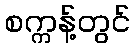
စက္ကန့်တွင်